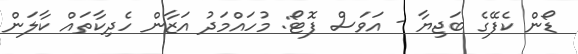
ޑޯން ކެފޭގެ ބަޖިޔާ - އަވަސް ފޮޓޯ: މުހައްމަދު އަޒާން ހެދިކާތައް ކާލަން